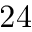
2 4